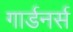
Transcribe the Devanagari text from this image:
गार्डनर्स